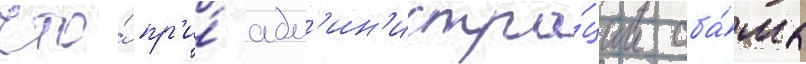
что́ пр'и́ адм'ин'истра́ции оба́мы